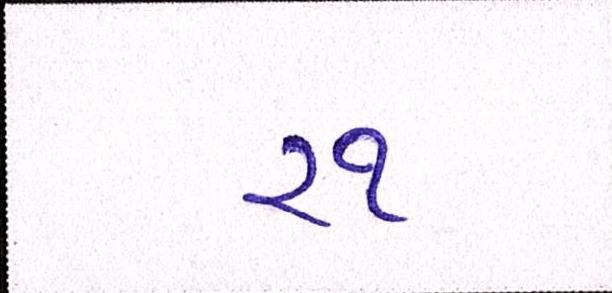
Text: ૨૧